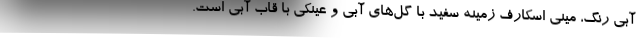
آبی رنگ، مینی اسکارف زمینه سفید با گل‌های آبی و عینکی با قاب آبی است.